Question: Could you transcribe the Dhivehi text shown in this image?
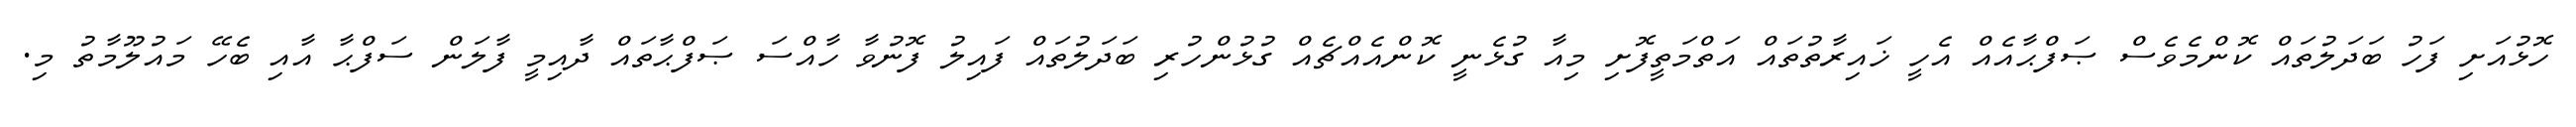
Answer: ހޮޅުއަށި ފަހު ބަދަލުތައް ކޮންމެވެސް ޞަފްޙާއެއް އެހީ ޚައިރާތުތައް އަތްމަތީފޮށި މިއާ ގުޅެނީ ކޮންއެއްޗެއް ގުޅުންހުރި ބަދަލުތައް ފައިލު ފޮނުވާ ހާއްސަ ޞަފްޙާތައް ދާއިމީ ފާލަން ސަފްޙާ އާއި ބެހޭ މައުލޫމާތު މި.